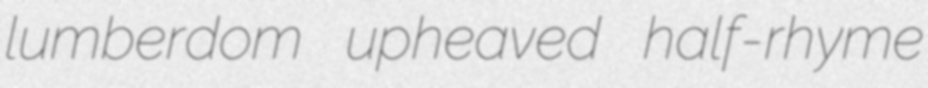
lumberdom upheaved half-rhyme